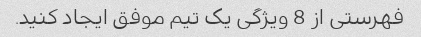
فهرستی از 8 ویژگی یک تیم موفق ایجاد کنید.